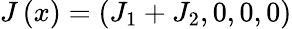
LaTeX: J\left(x\right)=\left(J_{1}+J_{2},0,0,0\right)